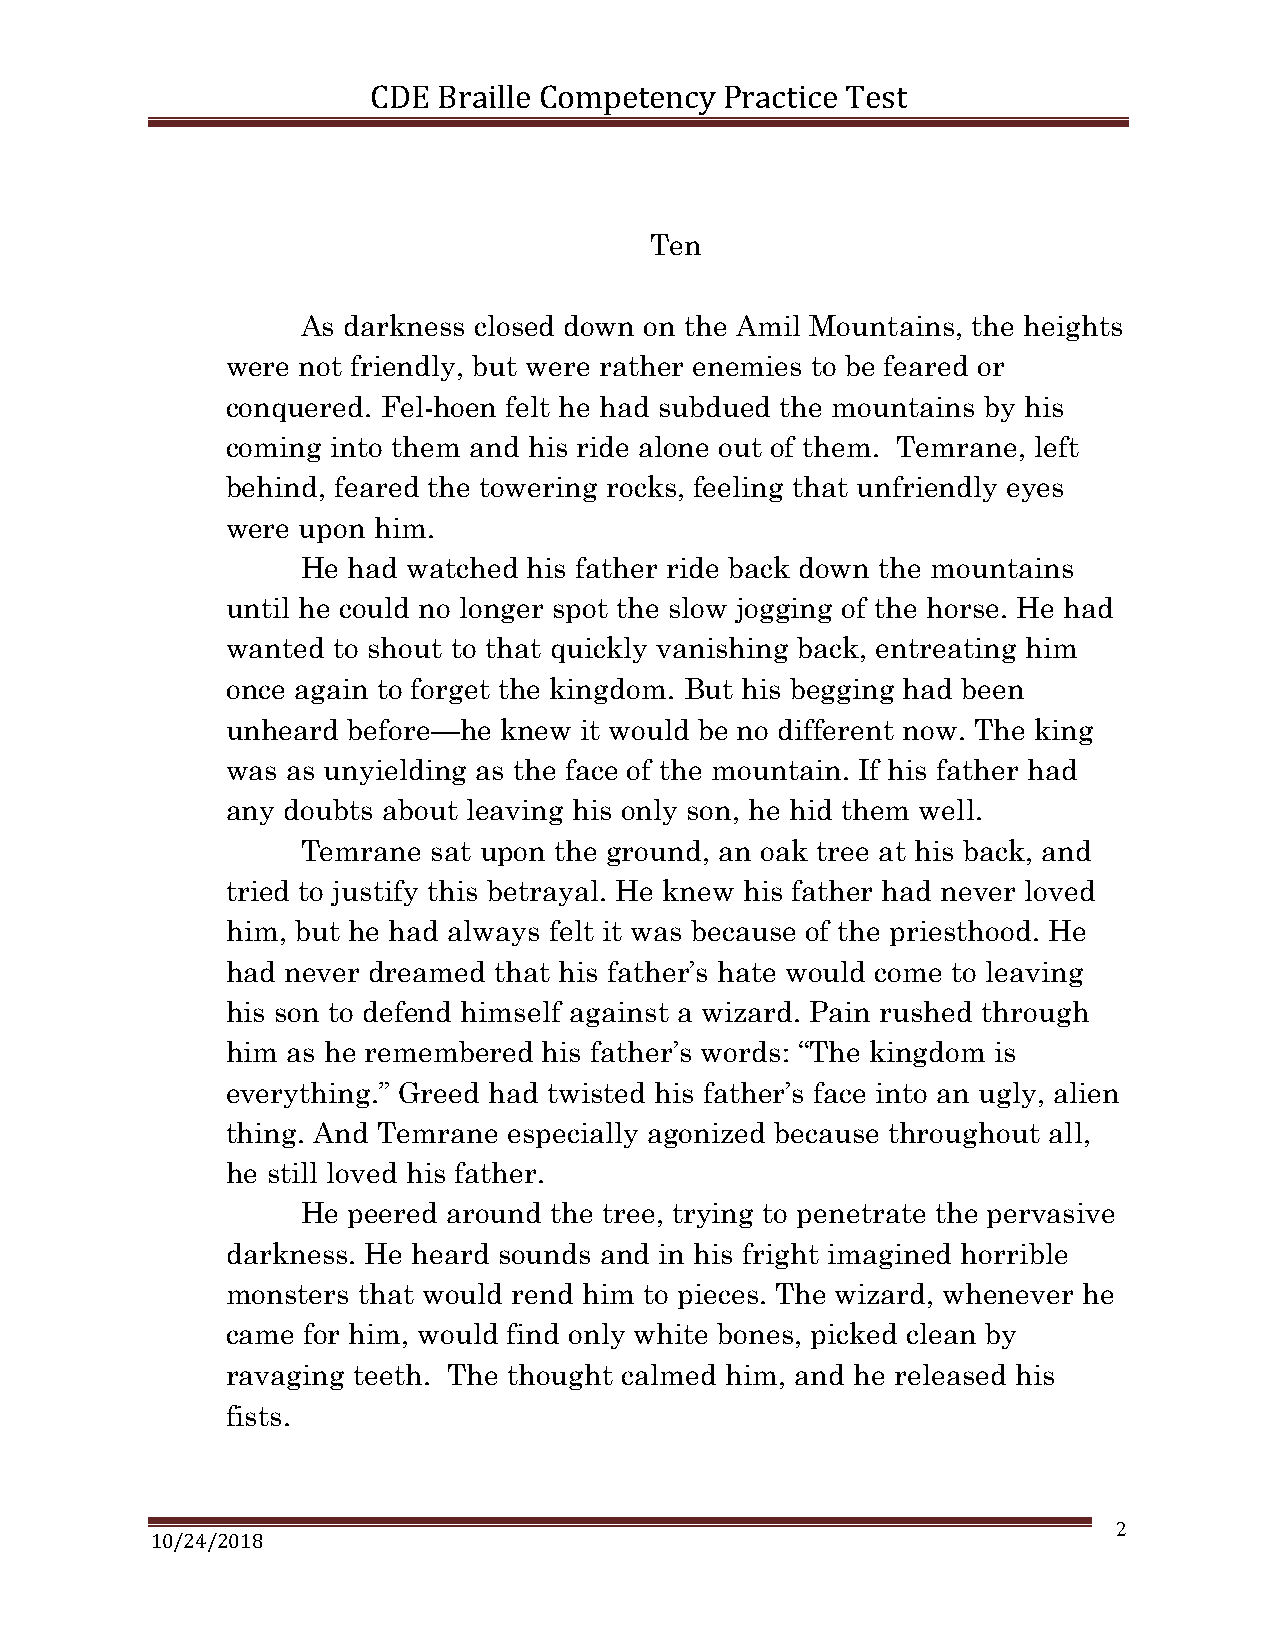
CDE Braille Competency Practice T est
 Ten
 As darkness closed down on the Amil Mountains, the heights
 were not friendly, but were rather enemies to be feared or
 conquered. Fel-hoen felt he had subdued the mountains by his
 coming into them and his ride alone out of them. Temrane, left
 behind, feared the towering rocks, feeling that unfriendly eyes
 were upon him.
 He had watched his father ride back down the mountains
 until he could no longer spot the slow jogging of the horse. He had
 wanted to shout to that quickly vanishing back, entreating him
 once again to forget the kingdom. But his begging had been
 unheard before—he knew it would be no different now. The king
 was as unyielding as the face of the mountain. If his father had
 any doubts about leaving his only son, he hid them well.
 Temrane  sat upon the ground, an oak tree at his back, and
 tried to justify this betrayal. He knew his father had never loved
 him, but he had always felt it was because of the priesthood. He
 had never dreamed that his father’s hate would come to leaving
 his son to defend himself against a wizard. Pain rushed through
 him as he remembered his father’s words: “The kingdom is
 everything.” Greed had twisted his father’s face into an ugly, alien
 thing. And Temrane especially agonized because throughout all,
 he still loved his father.
 He peered around the tree, trying to penetrate the pervasive
 darkness. He heard sounds and in his fright imagined horrible
 monsters that would rend him to pieces. The wizard, whenever he
 came for him, would find only white bones, picked clean by
 ravaging teeth. The thought calmed him, and he released his
 fists.
 2
 10/24/2018